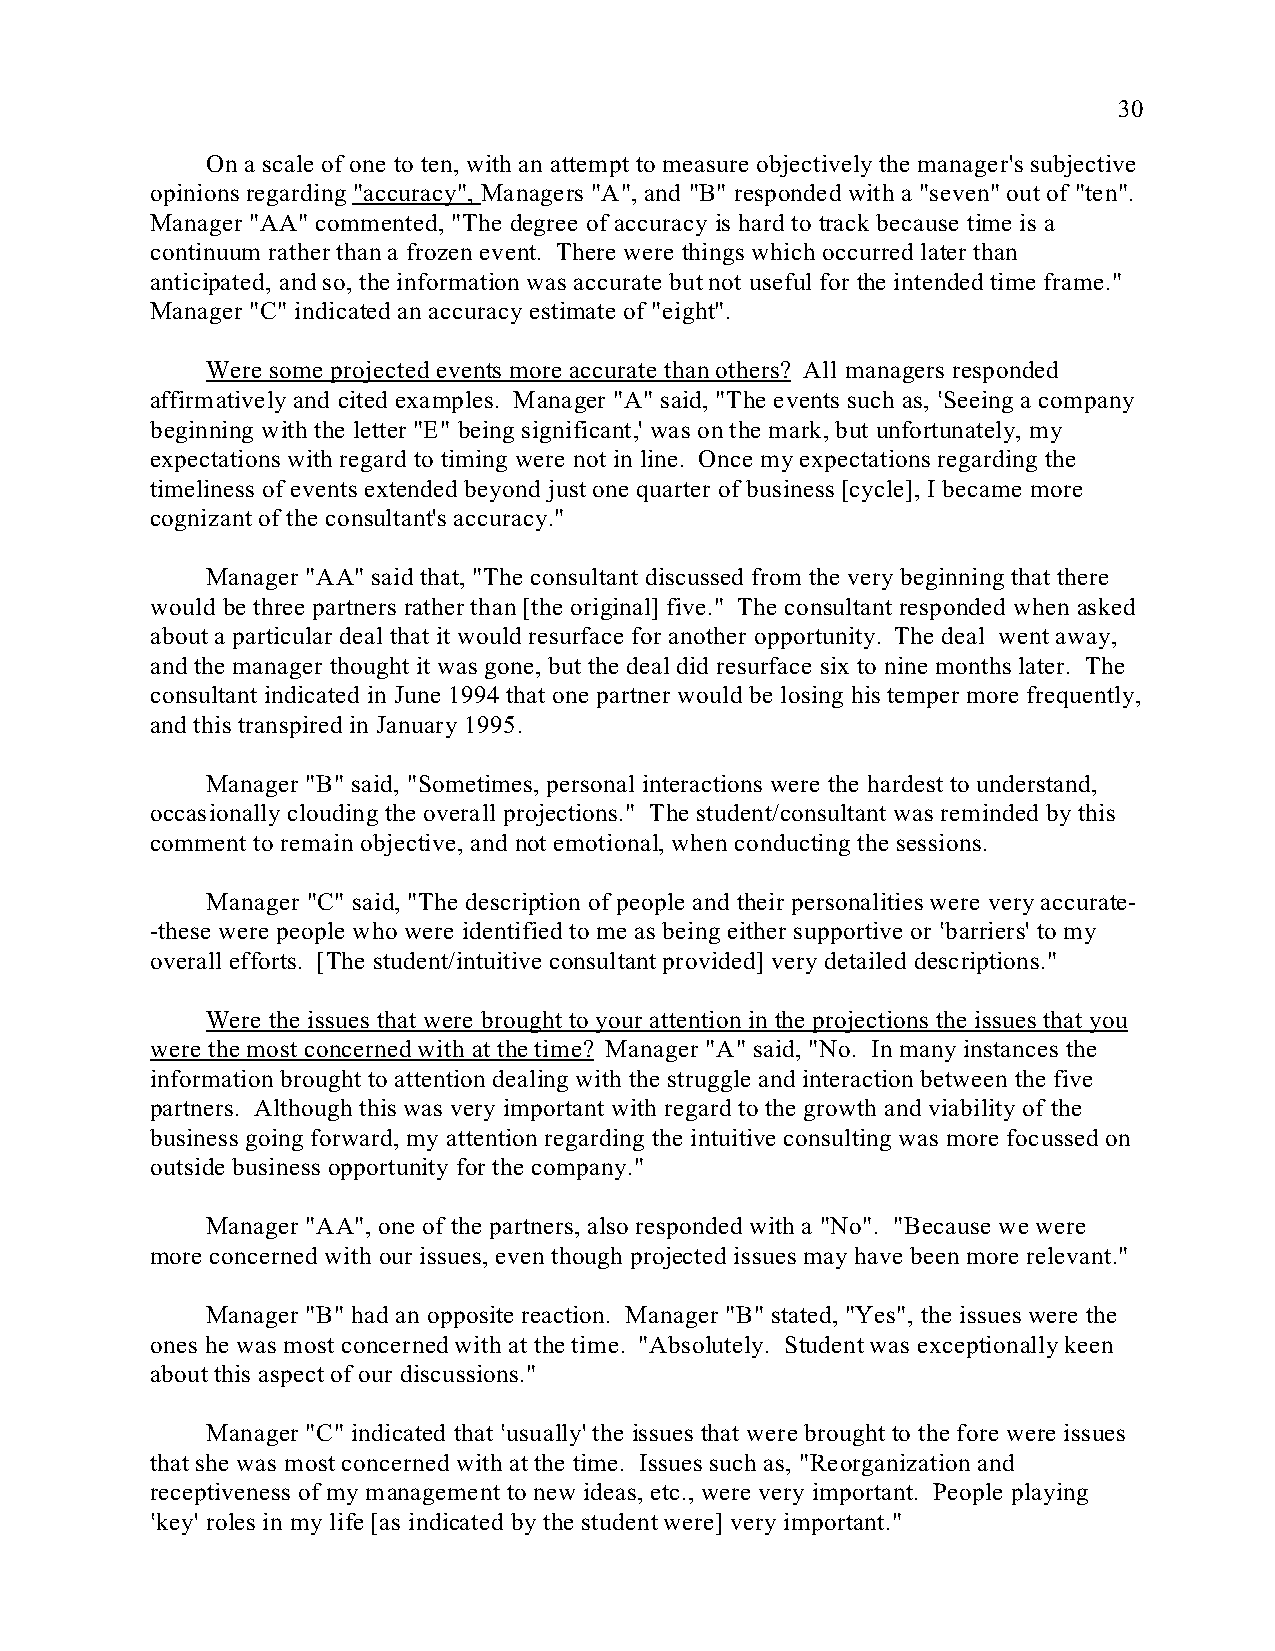
30
 On a scale of one to ten, with an attempt to measure objectively the manager's subjective
 opinions regarding "accuracy", Managers "A", and "B" responded with a "seven" out of "ten".
 Manager "AA" commented, "The degree of accuracy is hard to track because time is a
 continuum rather than a frozen event. There were things which occurred later than
 anticipated, and so, the information was accurate but not useful for the intended time frame."
 Manager "C" indicated an accuracy estimate of "eight".
 Were some projected events more accurate than others? All managers responded
 affirmatively and cited examples. Manager "A" said, "The events such as, <Seeing a company
 beginning with the letter "E" being significant,' was on the mark, but unfortunately, my
 expectations with regard to timing were not in line. Once my expectations regarding the
 timeliness of events extended beyond just one quarter of business [cycle], I became more
 cognizant of the consultant's accuracy."
 Manager "AA" said that, "The consultant discussed from the very beginning that there
 would be three partners rather than [the original] five." The consultant responded when asked
 about a particular deal that it would resurface for another opportunity. The deal went away,
 and the manager thought it was gone, but the deal did resurface six to nine months later. The
 consultant indicated in June 1994 that one partner would be losing his temper more frequently,
 and this transpired in January 1995.
 Manager "B" said, "Sometimes, personal interactions were the hardest to understand,
 occasionally clouding the overall projections." The student/consultant was reminded by this
 comment to remain objective, and not emotional, when conducting the sessions.
 Manager "C" said, "The description of people and their personalities were very accurate-
 -these were people who were identified to me as being either supportive or <barriers' to my
 overall efforts. [The student/intuitive consultant provided] very detailed descriptions."
 Were the issues that were brought to your attention in the projections the issues that you
 were the most concerned with at the time? Manager "A" said, "No. In many instances the
 information brought to attention dealing with the struggle and interaction between the five
 partners. Although this was very important with regard to the growth and viability of the
 business going forward, my attention regarding the intuitive consulting was more focussed on
 outside business opportunity for the company."
 Manager "AA", one of the partners, also responded with a "No". "Because we were
 more concerned with our issues, even though projected issues may have been more relevant."
 Manager "B" had an opposite reaction. Manager "B" stated, "Yes", the issues were the
 ones he was most concerned with at the time. "Absolutely. Student was exceptionally keen
 about this aspect of our discussions."
 Manager "C" indicated that <usually' the issues that were brought to the fore were issues
 that she was most concerned with at the time. Issues such as, "Reorganization and
 receptiveness of my management to new ideas, etc., were very important. People playing
 <key' roles in my life [as indicated by the student were] very important."